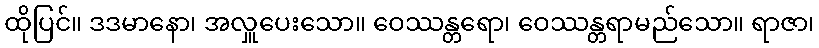
ထိုပြင်။ ဒဒမာနော၊ အလှူပေးသော။ ဝေဿန္တရော၊ ဝေဿန္တရာမည်သော။ ရာဇာ၊